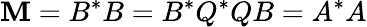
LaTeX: \mathbf{M}=B^{*}B=B^{*}Q^{*}QB=A^{*}A